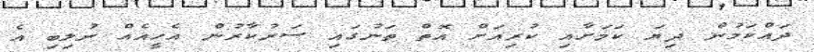
ދައްކަމުން ދިޔަ ކަމަށާއި ކުރިއަށް އޮތް ތަނުގައި ސަރުކާރުން އެހީއެއް ނުލިބި އެ